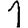
Digit: 1